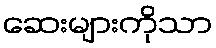
ဆေးများကိုသာ